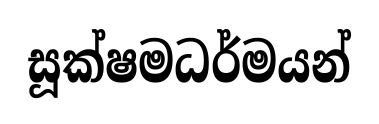
සූක්ෂමධර්මයන්